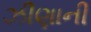
ઝીણાની